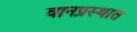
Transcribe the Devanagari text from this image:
वानप्रस्थात